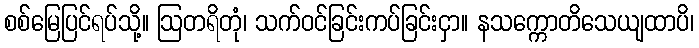
စစ်မြေပြင်ရပ်သို့။ ဩတရိတုံ၊ သက်ဝင်ခြင်းကပ်ခြင်းငှာ။ နသက္ကောတိသေယျထာပိ၊